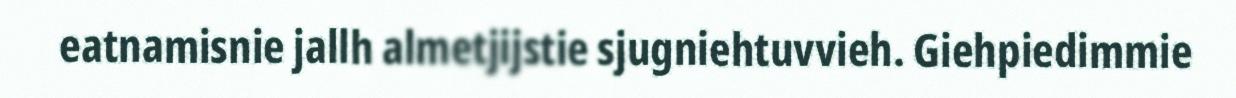
eatnamisnie jallh almetjijstie sjugniehtuvvieh. Giehpiedimmie